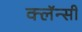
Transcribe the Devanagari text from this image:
क्लॅन्सी